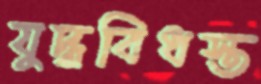
যুদ্ধবিধস্ত